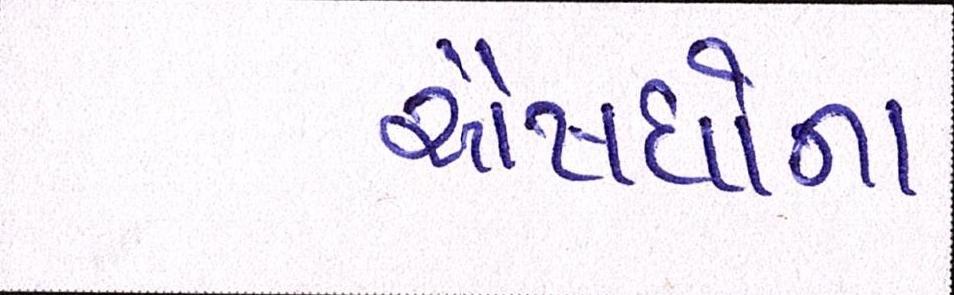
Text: ઔષધોના